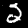
Label: 2